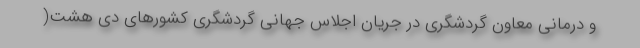
و درمانی معاون گردشگری در جریان اجلاس جهانی گردشگری کشورهای دی هشت(